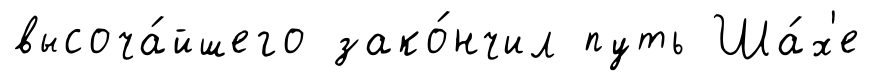
высоча́йшего зако́нчил путь Ша́х'е